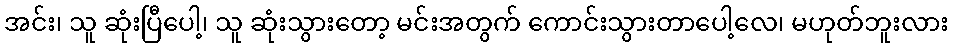
အင်း၊ သူ ဆုံးပြီပေါ့၊ သူ ဆုံးသွားတော့ မင်းအတွက် ကောင်းသွားတာပေါ့လေ၊ မဟုတ်ဘူးလား